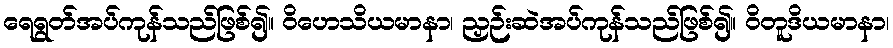
ရေရွတ်အပ်ကုန်သည်ဖြစ်၍။ ဝိဟေသိယမာနာ၊ ညှဉ်းဆဲအပ်ကုန်သည်ဖြစ်၍။ ဝိတူဒိယမာနာ၊